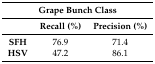
<table><thead><tr><td colspan="3"><b>Grape Bunch Class</b></td></tr><tr><td></td><td><b>Recall (%)</b></td><td><b>Precision (%)</b></td></tr></thead><tbody><tr><td><b>SFH</b></td><td>76.9</td><td>71.4</td></tr><tr><td><b>HSV</b></td><td>47.2</td><td>86.1</td></tr></tbody></table>